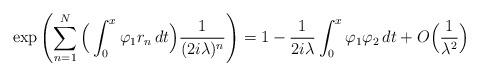
LaTeX: \begin{align*}\exp\left(\sum_{n=1}^N\Big(\int_0^x\varphi_1r_n\,dt\Big)\frac{1}{(2i\lambda)^n}\right)=1- \frac{1}{2i\lambda}\int_0^x \varphi_1\varphi_2\,dt+ O\Big(\frac{1}{\lambda^2}\Big)\end{align*}